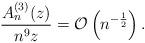
LaTeX: \begin{align*} \frac{A_n^{(3)}(z)}{n^9 z} = \mathcal{O}\left(n^{-\frac{1}{2}} \right).\end{align*}